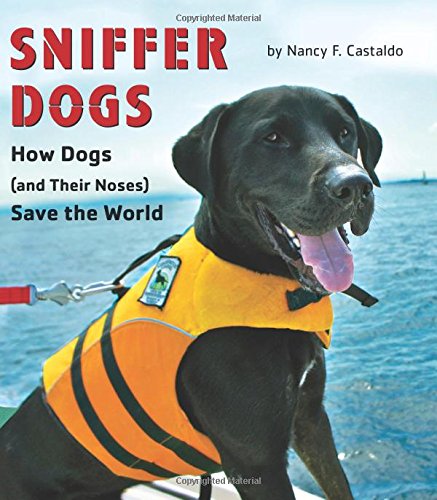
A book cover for Sniffer Dogs: How Dogs (and Their Noses) Save the World; Nancy Castaldo; Children's Books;